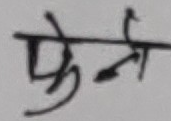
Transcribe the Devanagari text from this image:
फेने